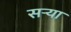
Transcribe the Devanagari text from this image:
सर्‍या